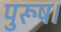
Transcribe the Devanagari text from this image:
पुरूष।